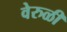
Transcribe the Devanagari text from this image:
वेरुळी